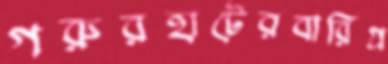
গরুরহাটেরবারিগ্র